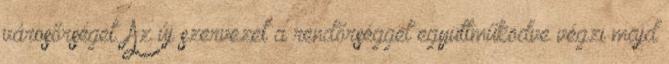
városőrséget. Az új szervezet a rendőrséggel együttműködve végzi majd